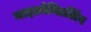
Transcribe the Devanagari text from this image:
माइक्रोनिडलिंग